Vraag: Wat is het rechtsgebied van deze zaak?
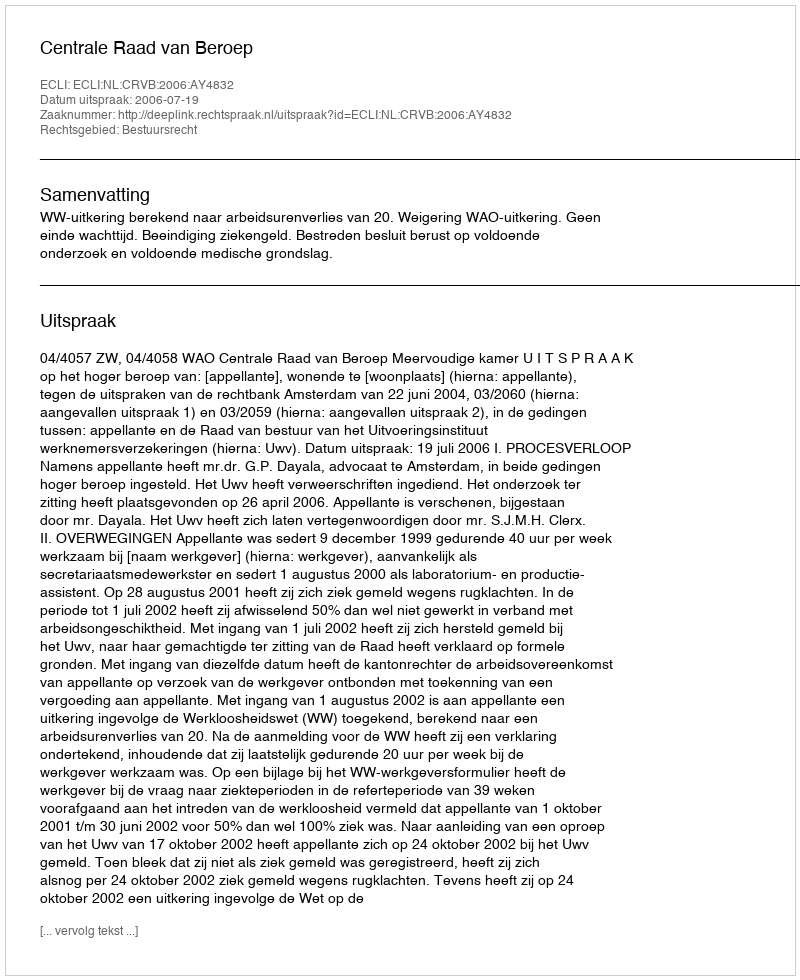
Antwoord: Bestuursrecht